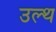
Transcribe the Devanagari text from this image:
उल्थ